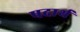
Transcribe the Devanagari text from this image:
पदार्थ